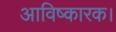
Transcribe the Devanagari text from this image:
आविष्कारक।